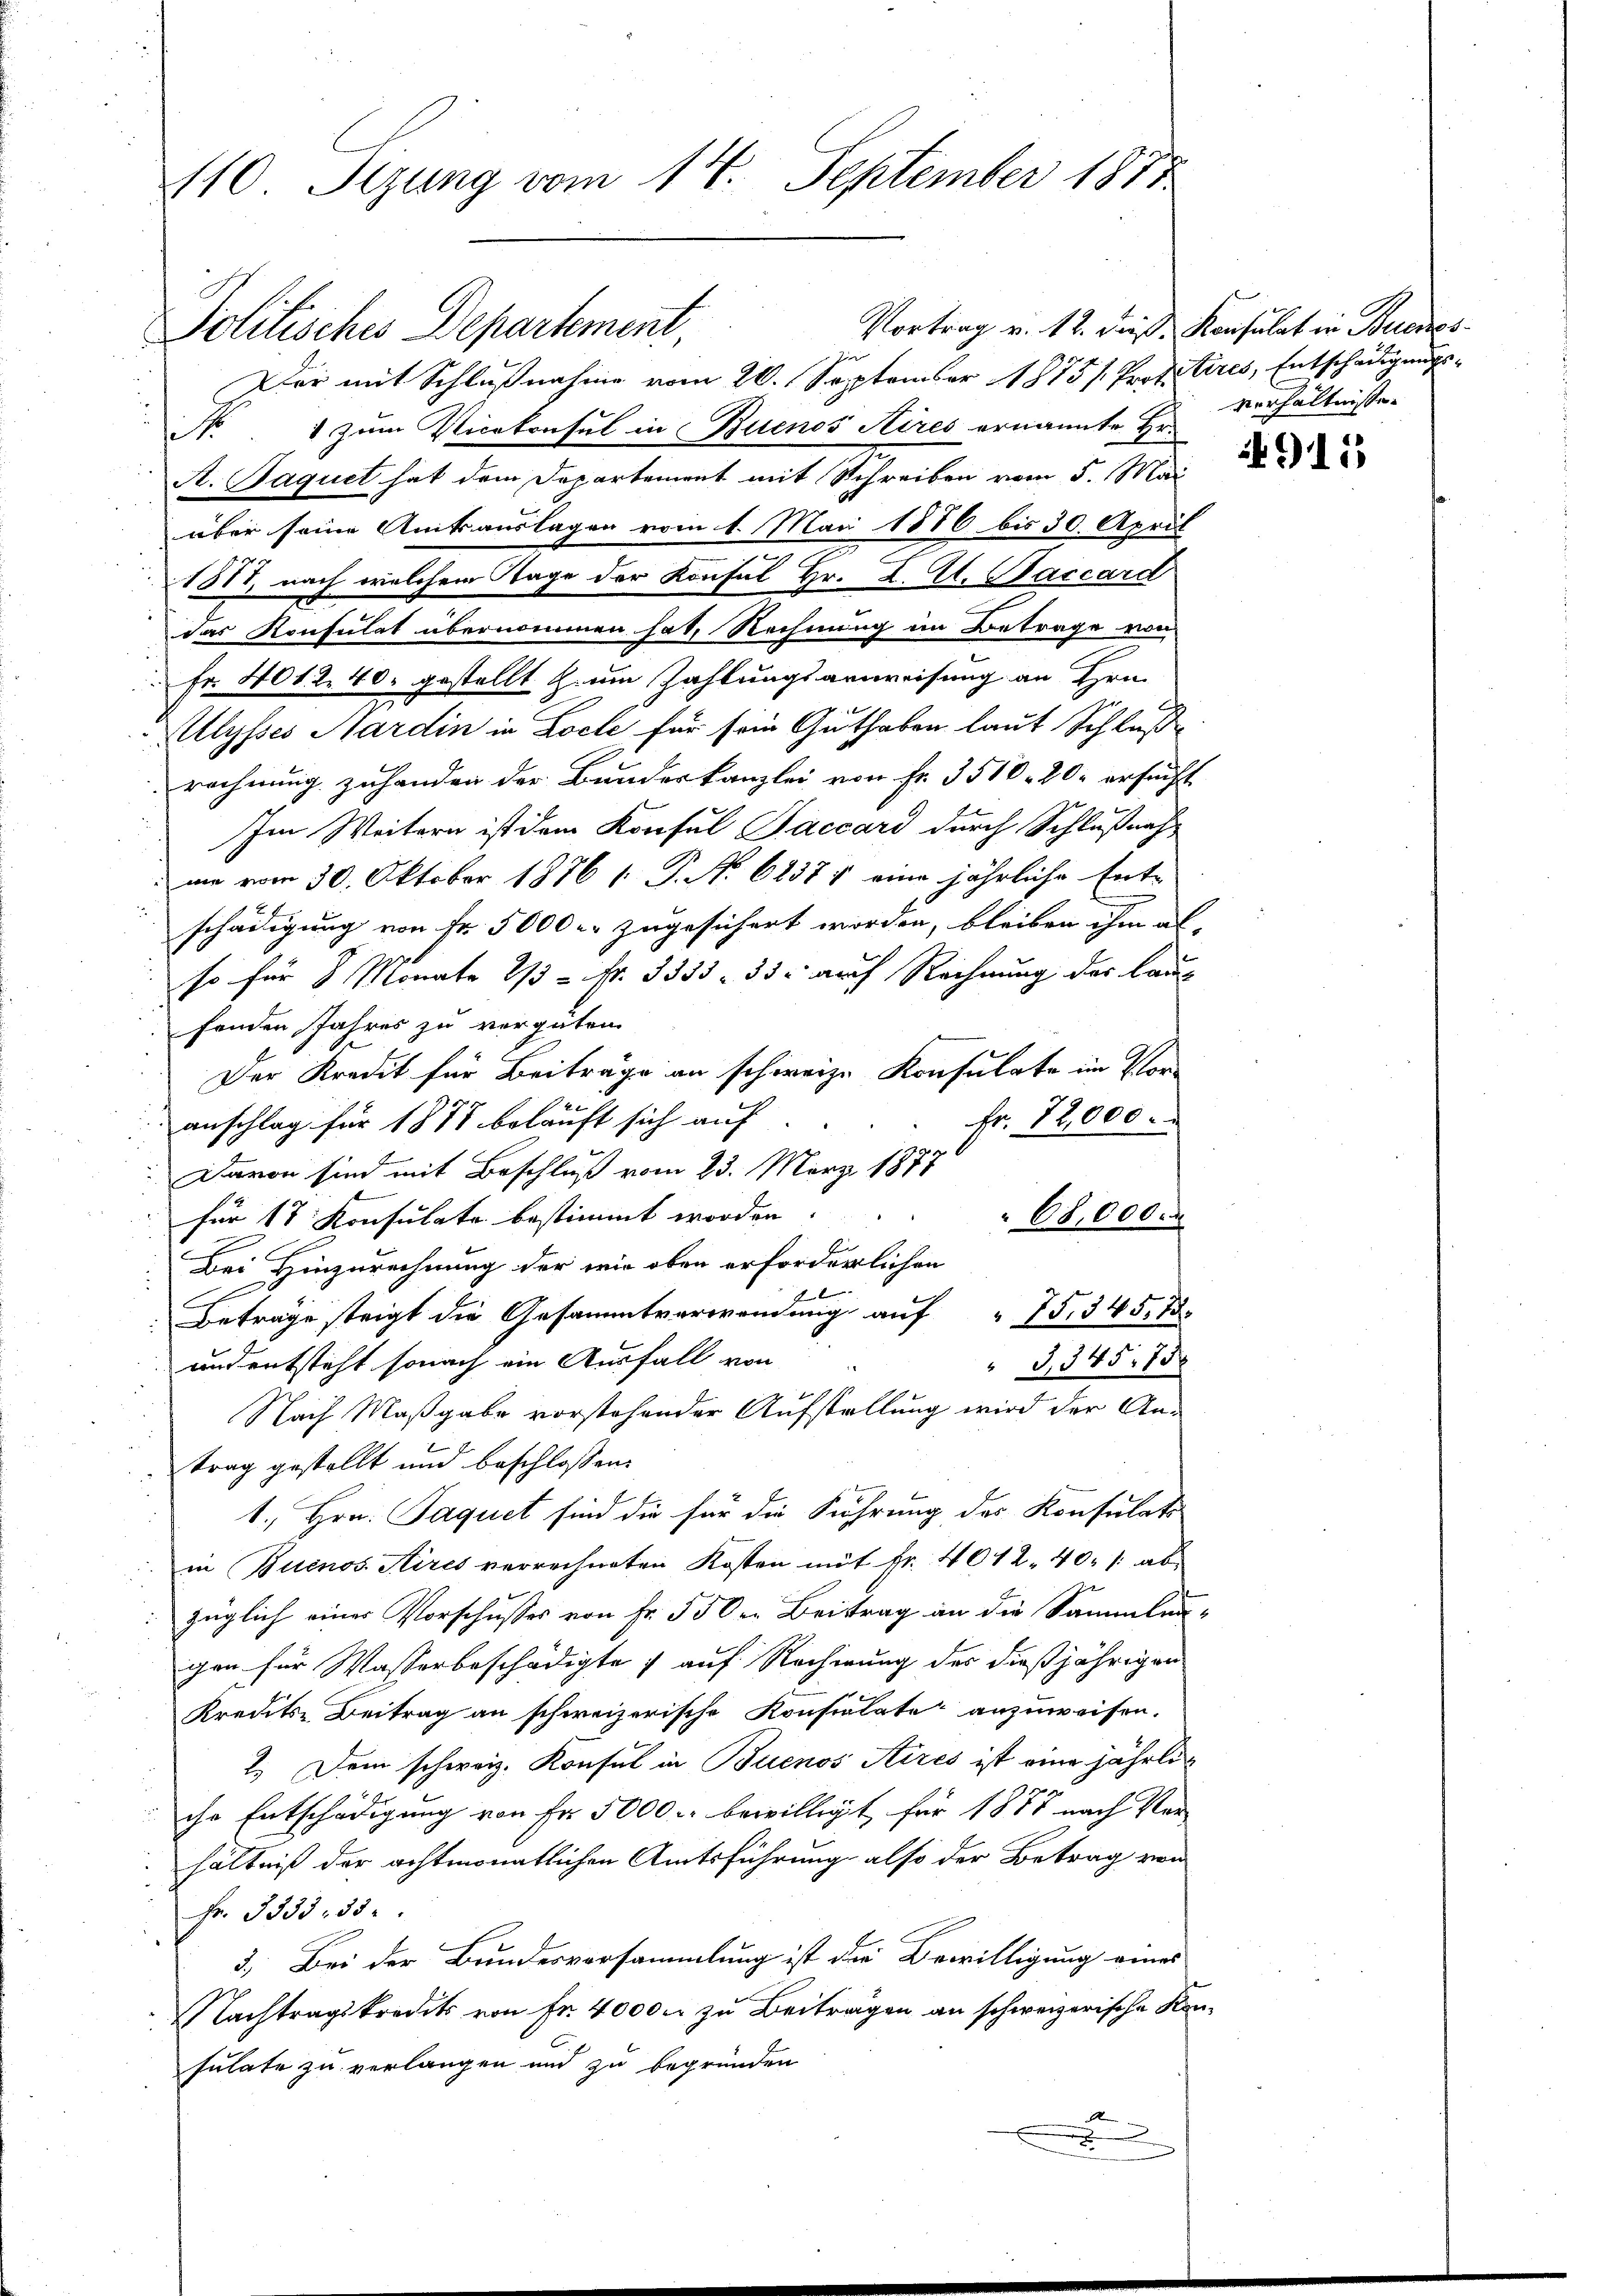
110 Sizung vom 14. September 1877

Vortrag v. 12. dieß Konsulat in Buenos
Der mit Schlußnahme vom 20. September 1875. Profetires, Entschädigungs¬
N. 1 zum Vicekonsul in Buenos Aires ernannte Hr.
A. Baquet hat dem Departement mit Schreiben vom 5. Mai
über seine Amtsauslagen vom 1. Mai 1876 bis 30. April
1877, nach welchem Tage der Konsul Hr. K. A. Baccard
das Konsulat übernommen hat, Rechnung im Betrage von
Fr. 401. 2. 40. gestellt zum Zahlungsanweisung an Hrn.
Allysses Hardin in Loche für sein Guthaben laut Schluße
rechnung zuhanden der Bundeskanzlei von Fr. 3510. 20. ersucht
Im Weitern ist dem Konsul Saccard durch Schlußnah
mm vom 30. Oktober 1876 1 P. No 62371 eine jährliche Ent-
schädigung von Fr. 50000 zugesichert worden, bleiben ihm al
so für 8 Monate 2/3 = Nr. 3333 - 35. arch Rechnung der laut
fenden Jahres zu vergüten.
3
Der Kredit für Beiträge an schweize Konsulate im Vor-
Fr. 12,000.
anschlag für 1875 beläuft sich auf
Davon sind mit Beschluß vom 23. März 1877
für 18 Konsulate bestimmt worden.
n
Bei Hinzurechnung der wie oben erforderlichen
C
Betrage steigt die Gesammtverwendung auf " 75, 345. 75.
und entsteht sonach ein Ausfall von
3,345, 13
Nach Maßgabe vorstehender Aufstellung wird der Antrag gestellt und beschlossen:
x
1. Hrn. Paquet sind die für die Führung des Konsulats
in Buenos Aires verrechneten Kosten mit Fr. 4012. 40. /: abzüglich einer Vorschusses von Fr. 55 den Beitrag an die Sammlungen für Wasserbeschädigte auf Rechnung des dießjährigen
Kredits Beitrag an schweizerische Konsulate anzuweisen.
2.) Dem schweiz. Konsul in Buenos Aires ist eine jährliche Entschädigung von Fr. 5000 bewilligt, für 1878 nach Ver-
hältniß der achtmonatlichen Amtsführung also der Betrag von
Fr. 3333. 33.
3.) Bei der Bundesversammlung ist der Bewilligung eines
Nachtragskredit von Fr. 40000 zu Beiträgen an schweizerische Konsulate zu verlangen und zu begründen
2
e

Politisches Departement,

verhältnisse.

911